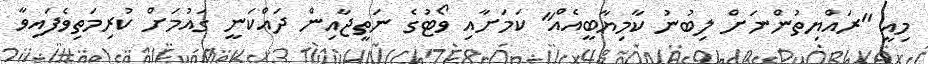
މިއީ "ރައްޔިތުންނަށް ލިބުނު ކާމިޔާބީއެއް" ކަމަށާއި ވޯޓުގެ ނަތީޖާއިން ދައްކަނީ ގައުމަށް ކުރިމަތިވެފައިވާ